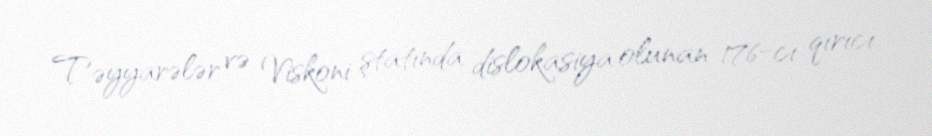
Təyyarələr və Viskoni ştatında dislokasiya olunan 176-cı qırıcı